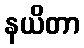
နယိတာ